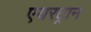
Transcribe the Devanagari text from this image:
एयरट्रान